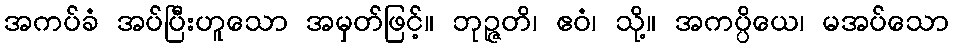
အကပ်ခံ အပ်ပြီးဟူသော အမှတ်ဖြင့်။ ဘုဉ္ဇတိ၊ ဧဝံ၊ သို့။ အကပ္ပိယေ၊ မအပ်သော